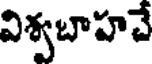
విశ్వబాహచే